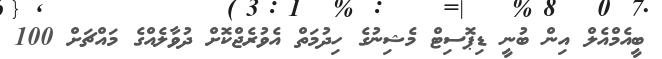
ބީއެމްއެލް އިން ބުނީ ޑިޕޮސިޓް މެޝިނުގެ ހިދުމަތް އެވުރެޖްކޮށް ދުވާލެއްގެ މައްޗަށް 100